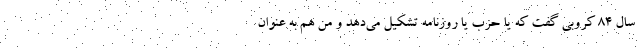
سال ۸۴ کروبی گفت که یا حزب یا روزنامه تشکیل می‌دهد و من هم به عنوان